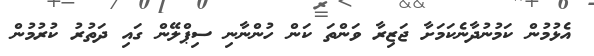
އެޅުމުން ކަމުނުދާނެކަމަށާ ޖަޒިރާ ވަންތަ ކަން ހުންނާނި ސިޕްލޭން ގައި ދަތުރު ކުރުމުން